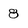
Character: 8